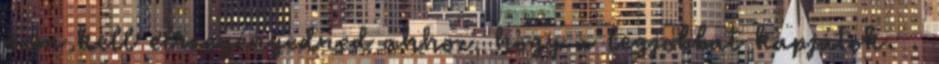
nem kell elszegényedned ahhoz, hogy a legjobbat kapjátok. .